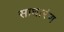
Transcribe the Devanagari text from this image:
साधारंण